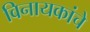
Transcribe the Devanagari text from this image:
विनायकांचे